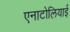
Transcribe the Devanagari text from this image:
एनाटोलियाई